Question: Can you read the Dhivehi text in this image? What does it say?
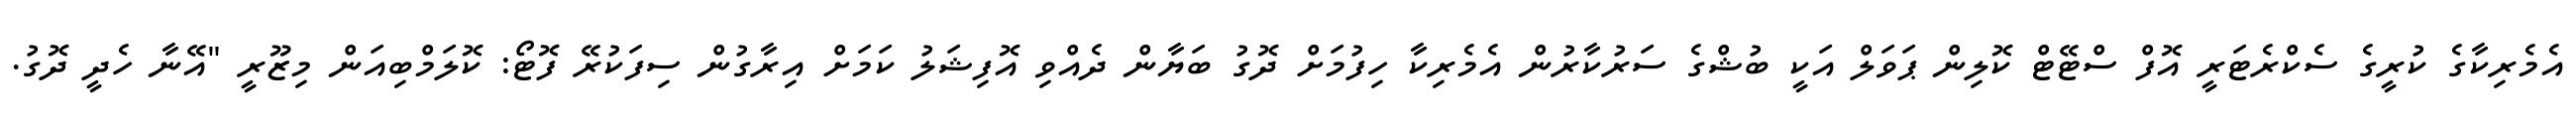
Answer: އެމެރިކާގެ ކުރީގެ ސެކްރެޓަރީ އޮފް ސްޓޭޓް ކޮލިން ޕަވަލް އަކީ ބުޝްގެ ސަރުކާރުން އެމެރިކާ ހިފުމަށް ދޮގު ބަޔާން ދެއްވި އޮފިޝަލު ކަމަށް އިރާގުން ސިފަކުރޭ ފޮޓޯ: ކޮލަމްބިއަން މިޒޫރީ "އޭނާ ހެދީ ދޮގު.